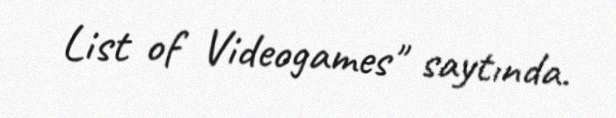
List of Videogames" saytında.